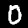
Label: 0